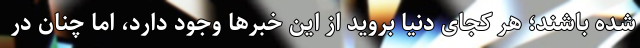
شده باشند؛ هر کجای دنیا بروید از این خبرها وجود دارد، اما چنان در